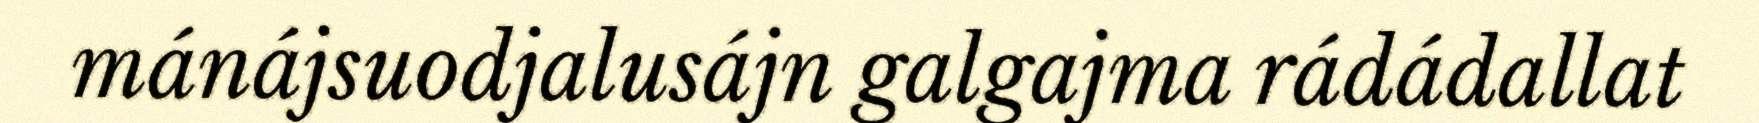
mánájsuodjalusájn galgajma rádádallat